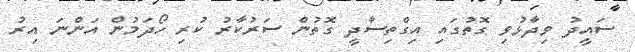
ސައީދު ވިދާޅުވި ގޮތުގައި އިގްތިސާދީ ގޮތުން ސަރުކާރު ކުރި ހޯދަމުން އަންނަ އިރު